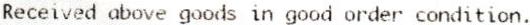
RECEIVED ABOVE GOODS IN GOOD ORDER CONDITION.